Insane asylums in Bengal annual reports 1867-1875 - 1867-1875
Year: 1867
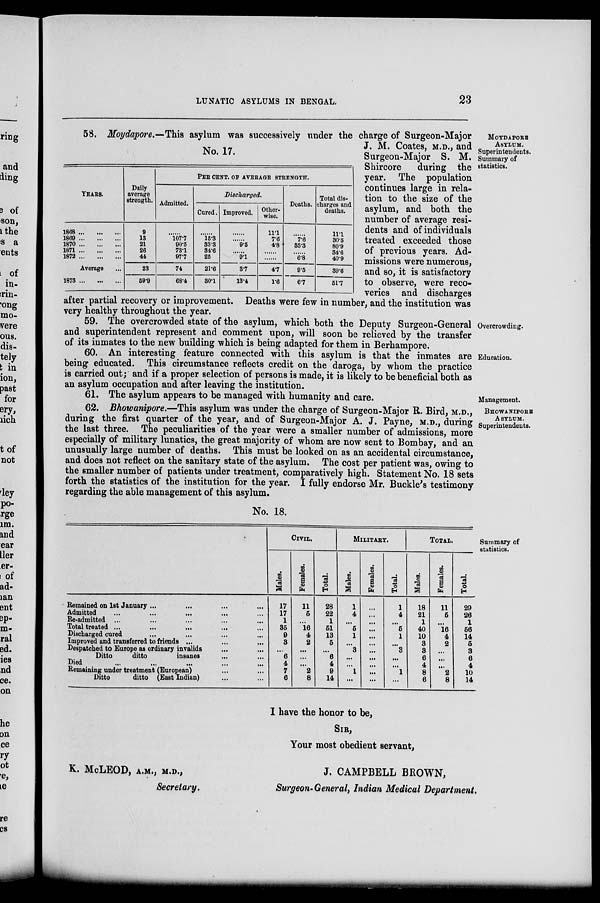
LUNATIC ASYLUMS IN BENGAL.
23
MOYDAPORE
ASYLUM.
Superintendents.
Summary of
statistics.
No. 17.
YEARS.
1868 ... ... ...
1869 ... ... ...
1870 ... ... ...
1871 ... ... ...
1872
...
...
...
Average ...
1873 ... ... ...
Daily
average
strength.
9
13
21
26
44
23
59.9
PER CENT. OF AVERAGE STRENGTH.
Admitted.
.......
107.7
90.5
73.1
97.7
74
68.4
Discharged.
Cored.
.......
15.3
33.3
34.6
25
21.6
30.1
Improved.
.......
.......
9.5
.......
9.1
3.7
13.4
Other-
wise.
11.1
7.6
4.8
.......
.......
4.7
1.6
Deaths.
.......
7.6
33.3
.......
6.8
9.5
6.7
Total dis-
charges and
deaths.
11.1
30.5
80.9
34.6
40.9
39.6
51.7
58. Moydapore.—This asylum was successively under the charge of Surgeon-Major
J. M. Coates, M.D., and
Surgeon-Major S. M. Shircore
during the
year. The population
continues large in rela-
tion to the size of the
asylum, and both the
number of average resi-
dents and of individuals
treated exceeded those
of previous years. Ad-
missions were numerous,
and so, it is satisfactory
to observe, were reco-
veries and discharges
after partial recovery or improvement. Deaths were few in number, and the institution was
very healthy throughout the year.
Overcrowding.
59. The overcrowded state of the asylum, which both the Deputy Surgeon-General
and superintendent represent and comment upon, will soon be relieved by the transfer
of its inmates to the new building which is being adapted for them in Berhampore.
Education.
60. An interesting feature connected with this asylum is that the inmates are
being educated. This circumstance reflects credit on the daroga, by whom the practice
is carried out; and if a proper selection of persons is made, it is likely to be beneficial both as
an asylum occupation and after leaving the institution.
Management.
61. The asylum appears to be managed with humanity and care.
BHOWANIPORE
ASYLUM.
Superintendents.
62. Bhowanipore.—This asylum was under the charge of Surgeon-Major R. Bird, M.D.,
during the first quarter of the year, and of Surgeon-Major A. J. Payne, M.D., during
the last three. The peculiarities of the year were a smaller number of admissions, more
especially of military lunatics, the great majority of whom are now sent to Bombay, and an
unusually large number of deaths. This must be looked on as an accidental circumstance,
and does not reflect on the sanitary state of the asylum. The cost per patient was, owing to
the smaller number of patients under treatment, comparatively high. Statement No. 18 sets
forth the statistics of the institution for the year. I fully endorse Mr. Buckle's testimony
regarding the able management of this asylum.
Summary of
statistics.
No. 18.
Remained on 1st January ... ... ...
Admitted
...
...
...
....
Re-admitted
... ... ... ...
Total treated ... ... ... ...
Discharged cured ... ... ... ...
Improved and transferred to friends ...
Despatched to Europe as ordinary invalids ... ...
Ditto
ditto
insanes ... ...
Died ... ... ... ... ... ...
Remaining under treatment (European) ... ...
Ditto
ditto (East Indian) ... ...
CIVIL.
Males.
17
17
1
35
9
3
...
6
4
7
6
Females.
11
5
...
16
4
2
...
...
...
2
8
Total.
28
22
1
51
13
5
...
6
4
9
14
MILITARY.
Males.
1
4
...
5
1
...
3
...
...
1
...
Females.
...
...
...
...
...
...
...
...
...
...
...
Total.
1
4
...
5
1
...
3
...
...
1
...
TOTAL.
Males.
18
21
1
40
10
3
3
6
4
8
6
Females.
11
5
...
16
4
2
...
...
...
2
8
Total.
29
26
1
56
14
5
3
6
4
10
14
I have the honor to be,
SIR,
Your most obedient servant,
K. McLEOD,
A.M.,
M.D.,
J.
CAMPBELL BROWN,
Secretary.
Surgeon-General, Indian Medical Department.